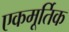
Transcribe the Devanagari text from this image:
एकमूर्तिक